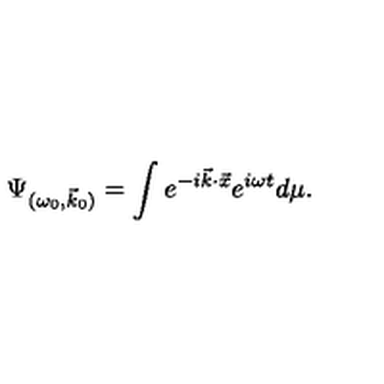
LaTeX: \Psi _ { ( \omega _ { 0 } , \vec { k } _ { 0 } ) } = \int e ^ { - i \vec { k } { \cdot } \vec { x } } e ^ { i \omega t } d \mu .